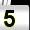
Digit: 5